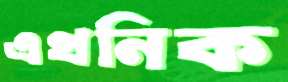
এথনিক